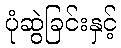
ပုံဆွဲခြင်းနှင့်